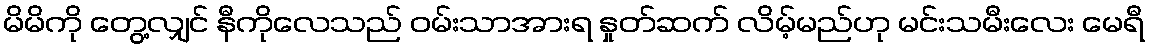
မိမိကို တွေ့လျှင် နီကိုလေသည် ဝမ်းသာအားရ နှုတ်ဆက် လိမ့်မည်ဟု မင်းသမီးလေး မေရီ